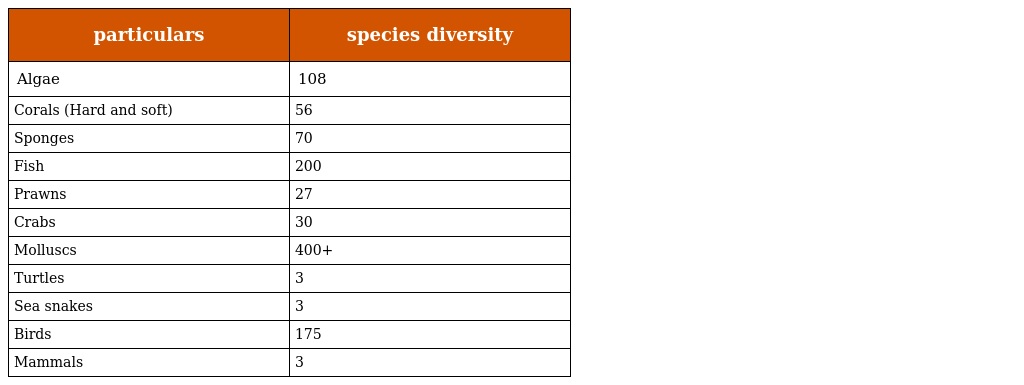
| particulars | species diversity |
 | --- | --- |
 | Algae | 108 |
 | Corals (Hard and soft) | 56 |
 | Sponges | 70 |
 | Fish | 200 |
 | Prawns | 27 |
 | Crabs | 30 |
 | Molluscs | 400+ |
 | Turtles | 3 |
 | Sea snakes | 3 |
 | Birds | 175 |
 | Mammals | 3 |